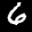
Label: 6